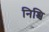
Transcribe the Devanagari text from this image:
निश्चि